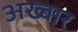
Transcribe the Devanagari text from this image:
अख्बार